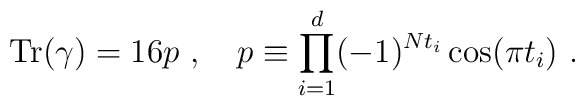
{\mbox{Tr}}(\gamma)=16 p~,~~~p\equiv       \prod_{i=1}^{d} (-1)^{Nt_i} \cos(\pi t_i)~.